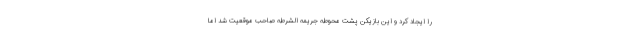
را ایجاد کرد و این بازیکن پشت محوطه جریمه الشرطه صاحب موقعیت شد اما